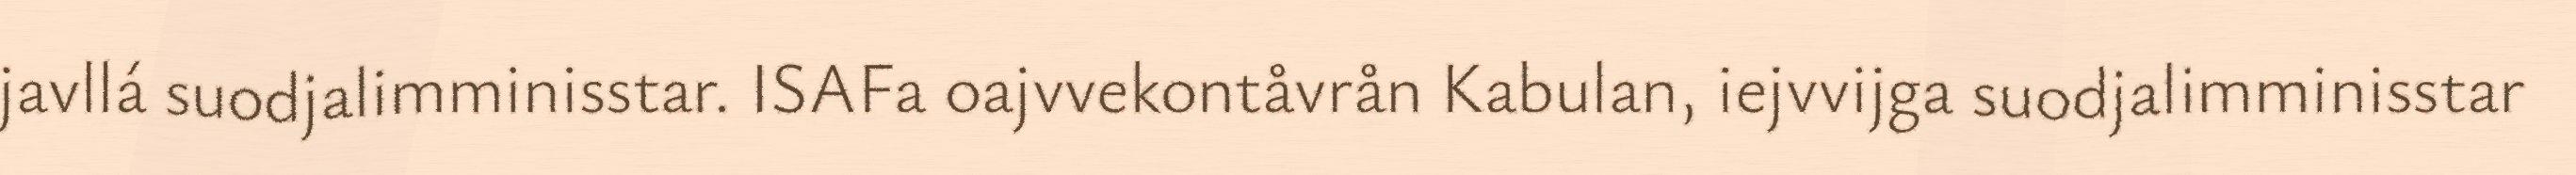
javllá suodjalimminisstar. ISAFa oajvvekontåvrån Kabulan, iejvvijga suodjalimminisstar